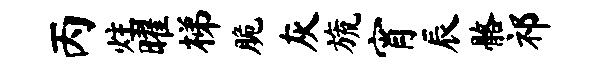
丙炷曜梯脆灰旒宵辰髂祁